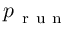
p _ { \mathrm { ~ r ~ u ~ n ~ } }